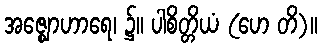
အဇ္ဈောဟာရေ၊ ၌။ ပါစိတ္တိယံ (ဟေ တိ)။